King Institute of Preventive Medicine Micro-Biological Section reports 1909-11
Year: 1909
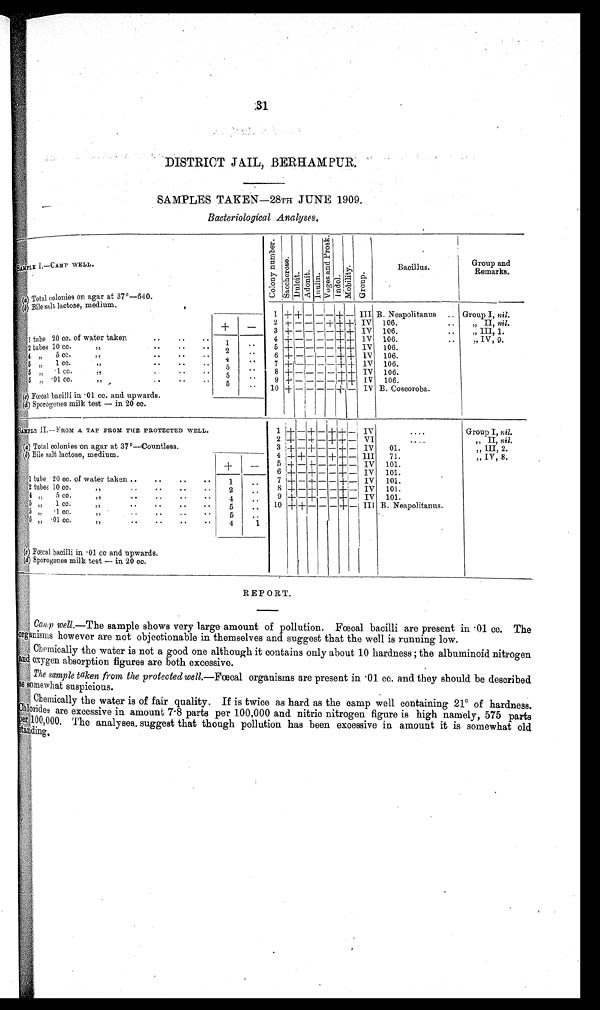
31
DISTRICT JAIL, BERHAMPUR.
SAMPLES TAKEN—28TH JUNE 1909.
Bacteriological Analyses.
SAMPLE I.—CAMP WELL.
C o l o n y n u m b e r .
S a c c h e r o s e .
D u l c i t . A d o n i t . I n u l i n .
V o g e s a n d P r o s k .
I n d o l .
M o b i l i t y .
Group.
Bacillus.
Group an
d
Remarks.
(a)Total colonies on agar at 37°—640.
(b) Bile salt lactose, medium.
1 + + _
– – + –
I I I B. Neapolitanus .. Group I, nil.
2 + — — — + +- + IV 106.
..
„ II, nil.
3 +- – — — – + + IV 106.
..
"III, 1.
1 tube 20 cc. of water taken . .
. .
. . 1
4 + – – – – +
+ IV 106.
..
" IV, 9.
2 tubes 10 cc.
,", . .
. .
. .
' .
5 + — — – —1— + + IV 106.
4 "
5 c c .
" . .
. .
. . 2
6 + — — – – + + IV 106.
5 . „ " 1 c c "
7 + – – – – + +
I V
106
5 „
. 1 C C . "
. .
. .
—
„
5
..
7 + —–-– – + -I- 1V 106.
5 "
1 c c .
" . .
. .
,
8 + — — — — + + IV 106.
'.
—
. .
9 + – – – – + + IV 106.
5
.
.
10 + – — — — + — IV B. Coscoroba.
(c ) Fœcal bacilli in .01 cc. and upwards.
( d) Sporogenes milk test — in 20 cc.
SAMPLE II.—FROM A TAP FROM THE PROTECTED WELL.
1 + — + — +
+ — IV
....
Group I, nil.
2 + — + – + + – VI
. .
.
.
„ II, nil.
(a) Total colonies on agar at. 37°—Countless.
3 + — + — — + — IV 01.
„ III, 2.
(b) Bile salt lactose, medium.
4 + + — — + + – Ill 71.
„ IV, 8.
+
--
5 + — + — — + – IV 101.
6 + — + — — + — IV 101.
1 tube 20 cc. of water taken ..
..
..
..
1
. . 7 + -- + — — + – IV 101.
2 tubes 10 cc.,,
. . . .
2
..
..
8 + — + -- — + – IV 101.
4 „
5 c c .
" . . .
. .
.
4
..
9 + – + -- – + – IV 101.
5 „
1 c c .
" . .
. .
. .
. .
5
.. 10 +- + — — — + — III B. Neapolitanus.
5 „
. 1 c c .
" . . .
5
..
5 , ,
. 0 1
c c .
4
1
(c) Fœcal bacilli in .01 cc and upwards.
(d) Sporogenes milk test — in 20 cc.
REPORT.
Camp well. —The sample shows very large amount of pollution. Fœcal bacilli are present in .01 cc. The
organisms however are not objectionable in themselves and suggest that the well is running low.
Chemically the water is not a good one although it contains only about 10 hardness ; the albuminoid nitrogen
and oxygen absorption figures are both excessive.
The sample taken from the protected well.—Fœcal organisms are present in .01 cc. and they should be described
as somewhat suspicious.
Chemically the water is of fair quality. If is twice as hard as the camp well containing 21° of hardness.
Chlorides are excessive in amount 7.8 parts per 100,000 and nitric nitrogen figure is high namely, 575 parts
per 100,000. The analyses. suggest that though pollution has been excessive in amount it is somewhat old
standing.